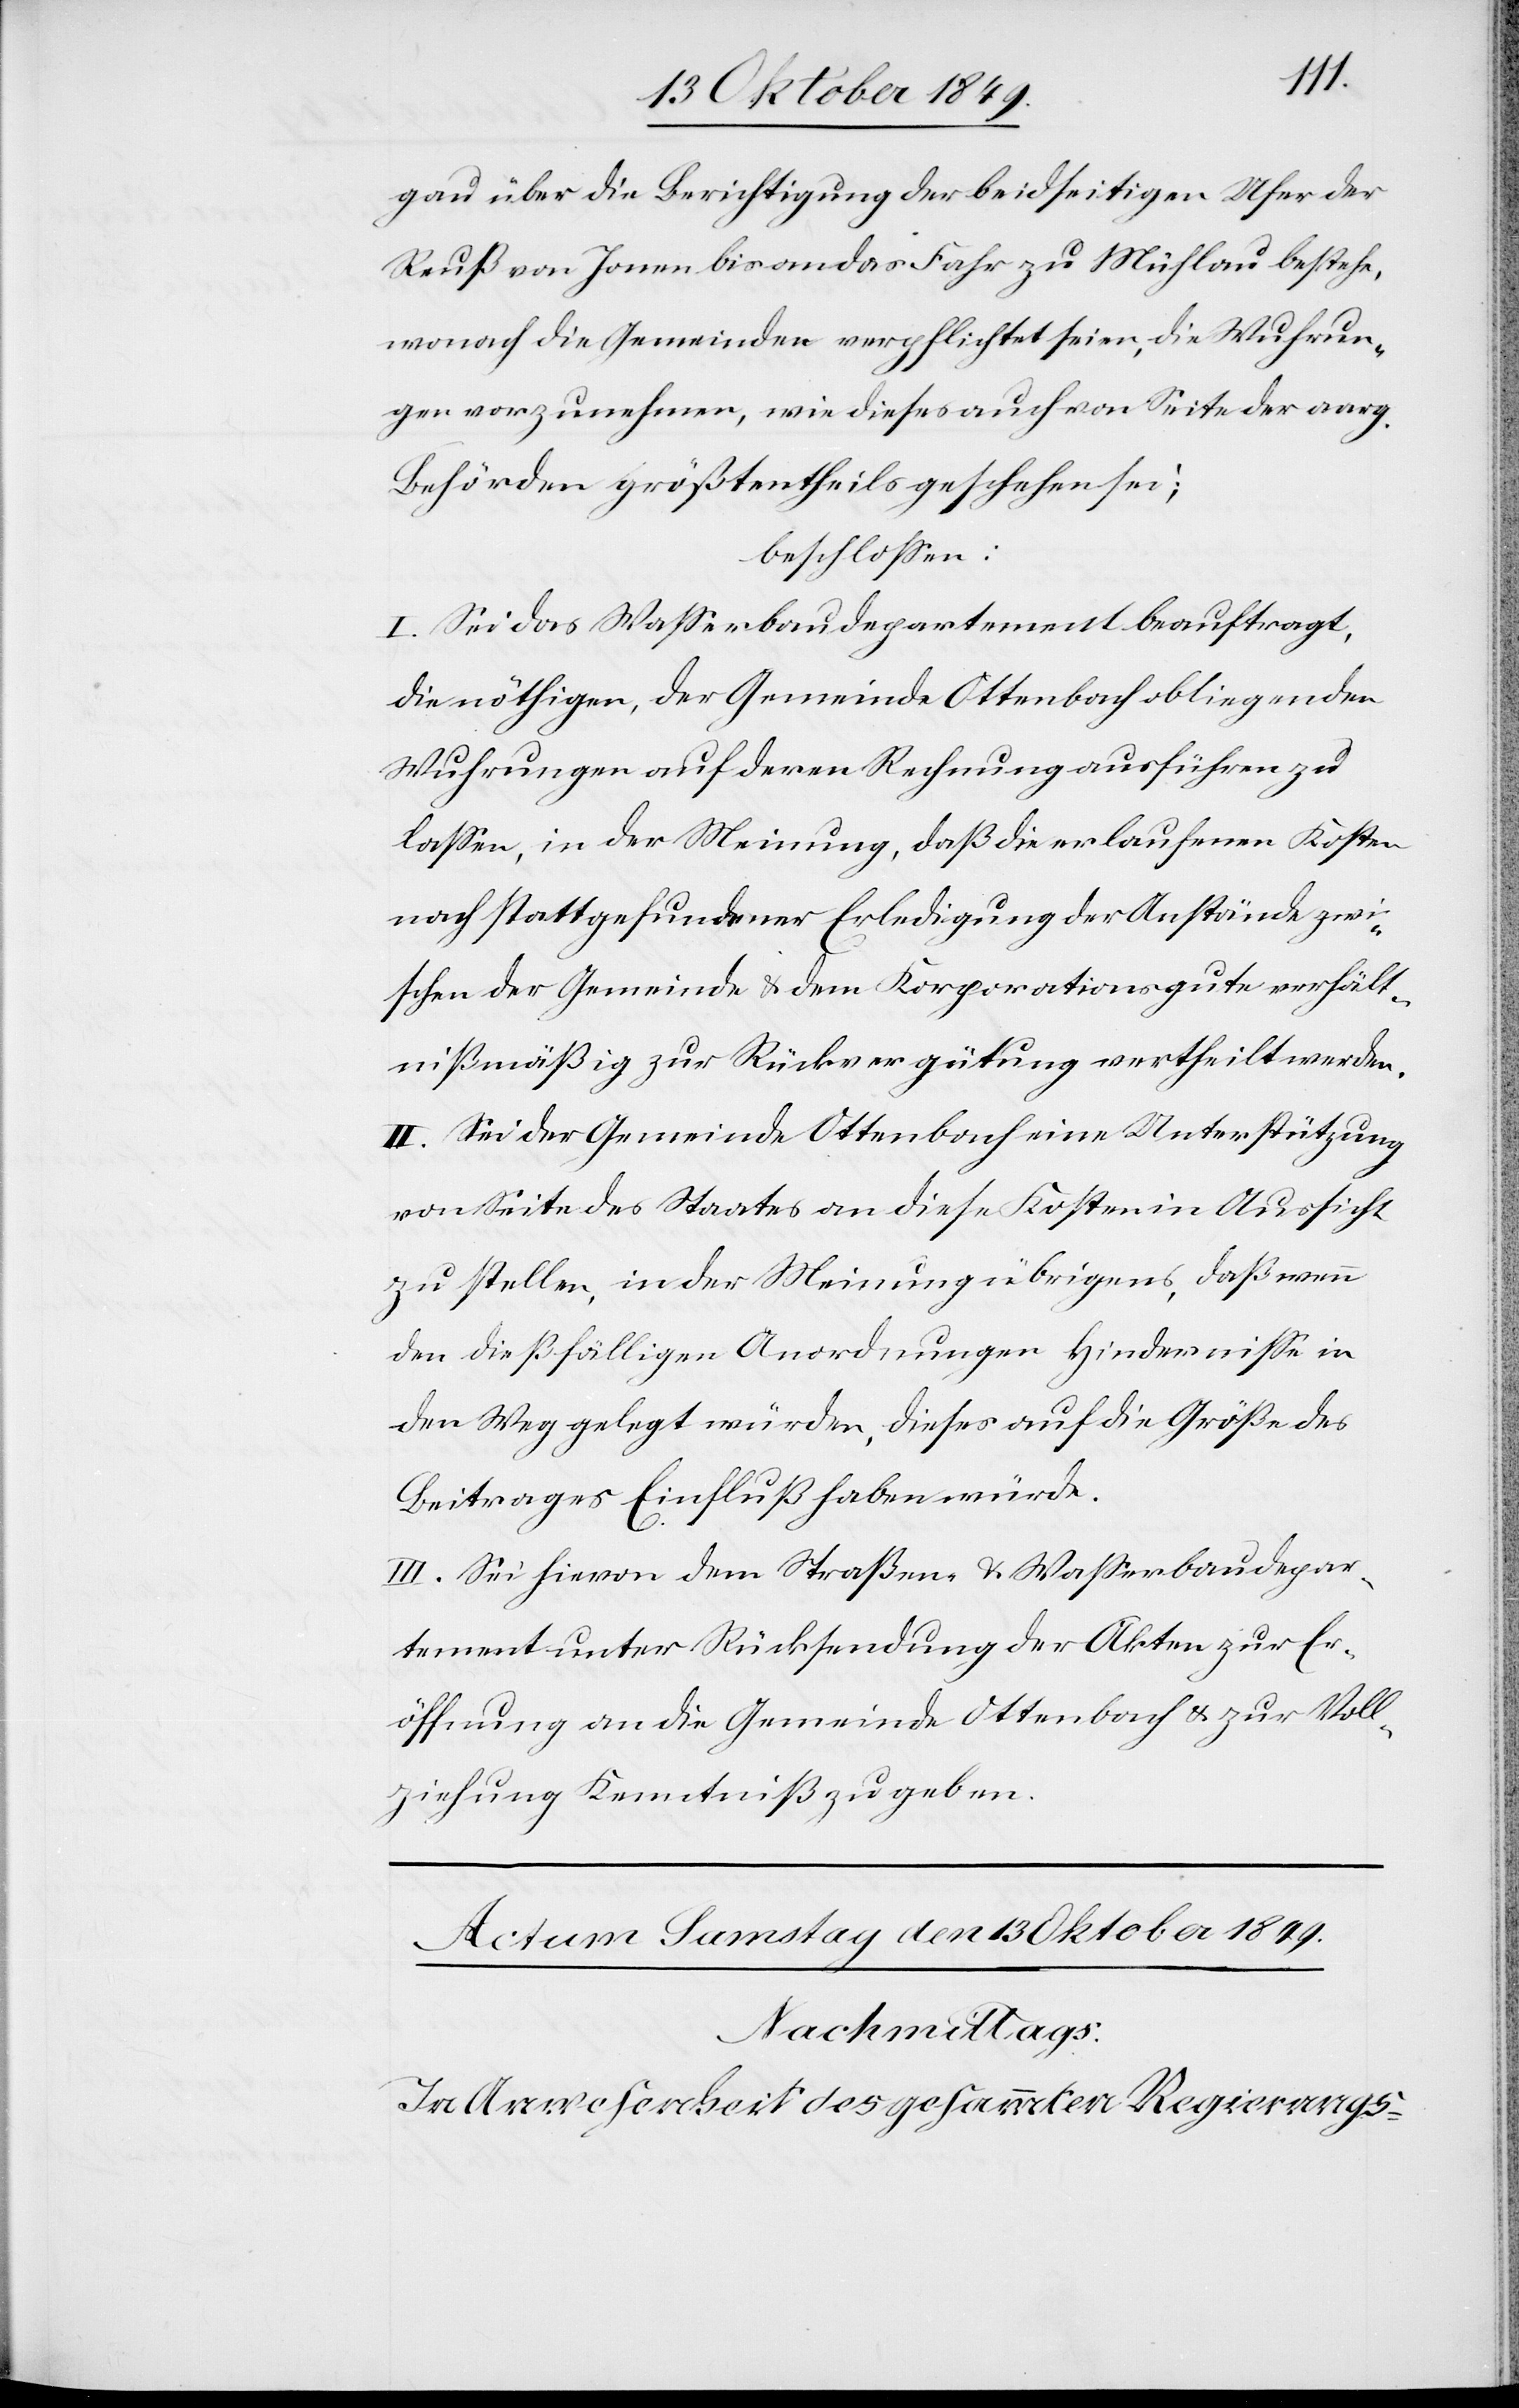
gau über die Berichtigung der beidseitigen Ufer der
Reuß von Jonen bis an das Fahr zu Mühlau bestehe,
wonach die Gemeinden verpflichtet seien, die Wuhrun¬
gen vorzunehmen, wie dieses auch von Seite der aarg.
Behörden größtentheils geschehen sei;
beschloßen:
I. Sei das Waßerbaudepartement beauftragt,
die nöthigen, der Gemeinde Ottenbach obliegenden
Wuhrungen auf deren Rechnung ausführen zu
laßen, in der Meinung, daß die erlaufenen Kosten
nach stattgefundener Erledigung der Anstände zwi¬
schen der Gemeinde u. dem Korporationsgute verhält¬
nißmäßig zur Rückvergütung vertheilt werden.
II. Sei der Gemeinde Ottenbach eine Unterstützung
von Seite des Staates an diese Kosten in Aussicht
zu stellen, in der Meinung übrigens, daß wenn
den dießfälligen Anordnungen Hinderniße in
den Weg gelegt würden, dieses auf die Größe des
Beitrages Einfluß haben würde.
III. Sei hievon dem Straßen- u. Waßerbaudepar¬
tement unter Rücksendung der Akten zur Er¬
öffnung an die Gemeinde Ottenbach u. zur Voll¬
ziehung Kenntniß zu geben.